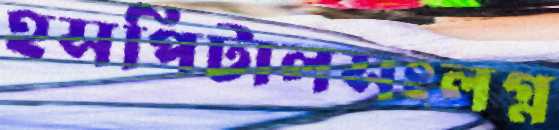
হসপিটালসংলগ্ন